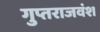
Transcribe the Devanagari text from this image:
गुप्तराजवंश